Vaccination in the Punjab 1919-1929 - 1919-1929
Year: 1919
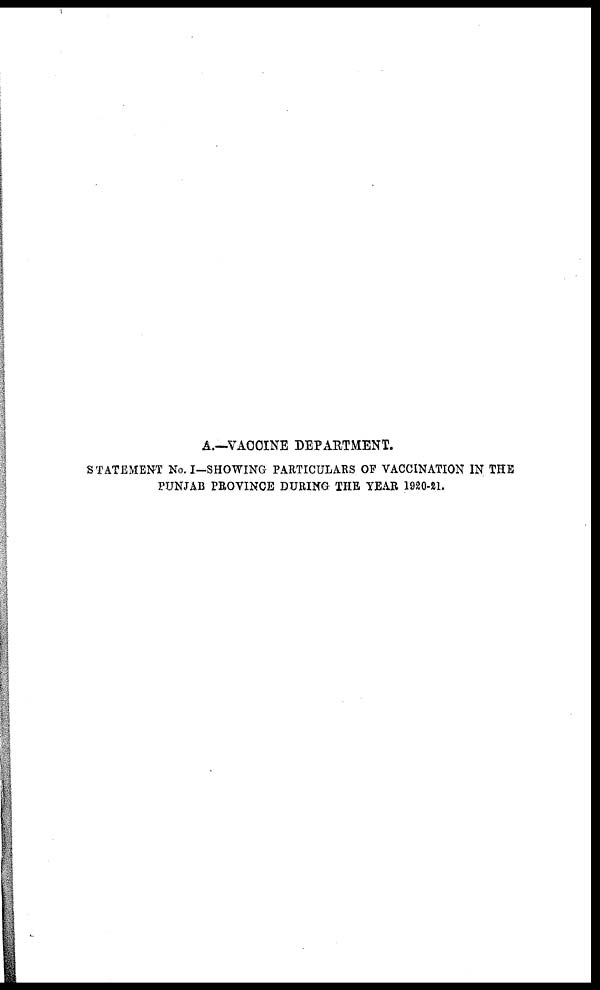
A.—VACCINE DEPARTMENT.
STATEMENT No. I-SHOWING PARTICULARS OF VACCINATION IN THE
PUNJAB PROVINCE DURING THE YEAR 1920-21.